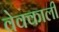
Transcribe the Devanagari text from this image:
वेक्काली